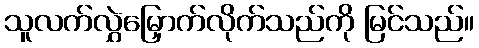
သူလက်လွှဲမြှောက်လိုက်သည်ကို မြင်သည်။